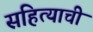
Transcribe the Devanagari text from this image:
सहित्याची